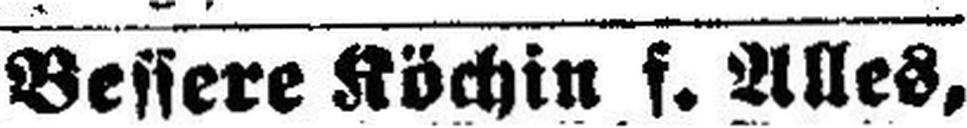
Bessere Köchin f. Alles,